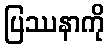
ပြဿနာကို